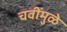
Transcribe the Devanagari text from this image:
चवींमुळे